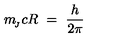
m _ { \! _ { J } } c R \ = \ \frac { h } { 2 \pi }